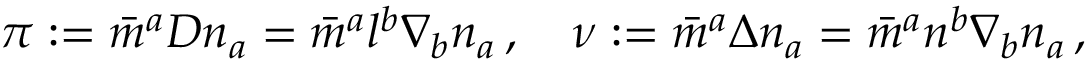
\pi : = { \bar { m } } ^ { a } D n _ { a } = { \bar { m } } ^ { a } l ^ { b } \nabla _ { b } n _ { a } \, , \quad \nu : = { \bar { m } } ^ { a } \Delta n _ { a } = { \bar { m } } ^ { a } n ^ { b } \nabla _ { b } n _ { a } \, ,